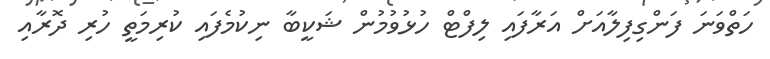
ހަތްވަނަ ފަންގިފިލާއަށް އަރާފައި ލިފްޓް ހުޅުވުމުން ޝަކީބާ ނިކުމެފައި ކުރިމަތީ ހުރި ދޮރާއި